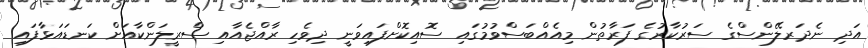
އަދި ނެދަރލޭންސްގެ ސަރުކާރުގެ ފަރާތުން މިއެއްބަސްވުމުގައި ސޮއިކޮށްފައިވަނީ ދިވެހި ރާއްޖެއާއި ސްރީލަންކާއަށް ކަނޑައަޅާފައި